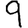
Digit: 9